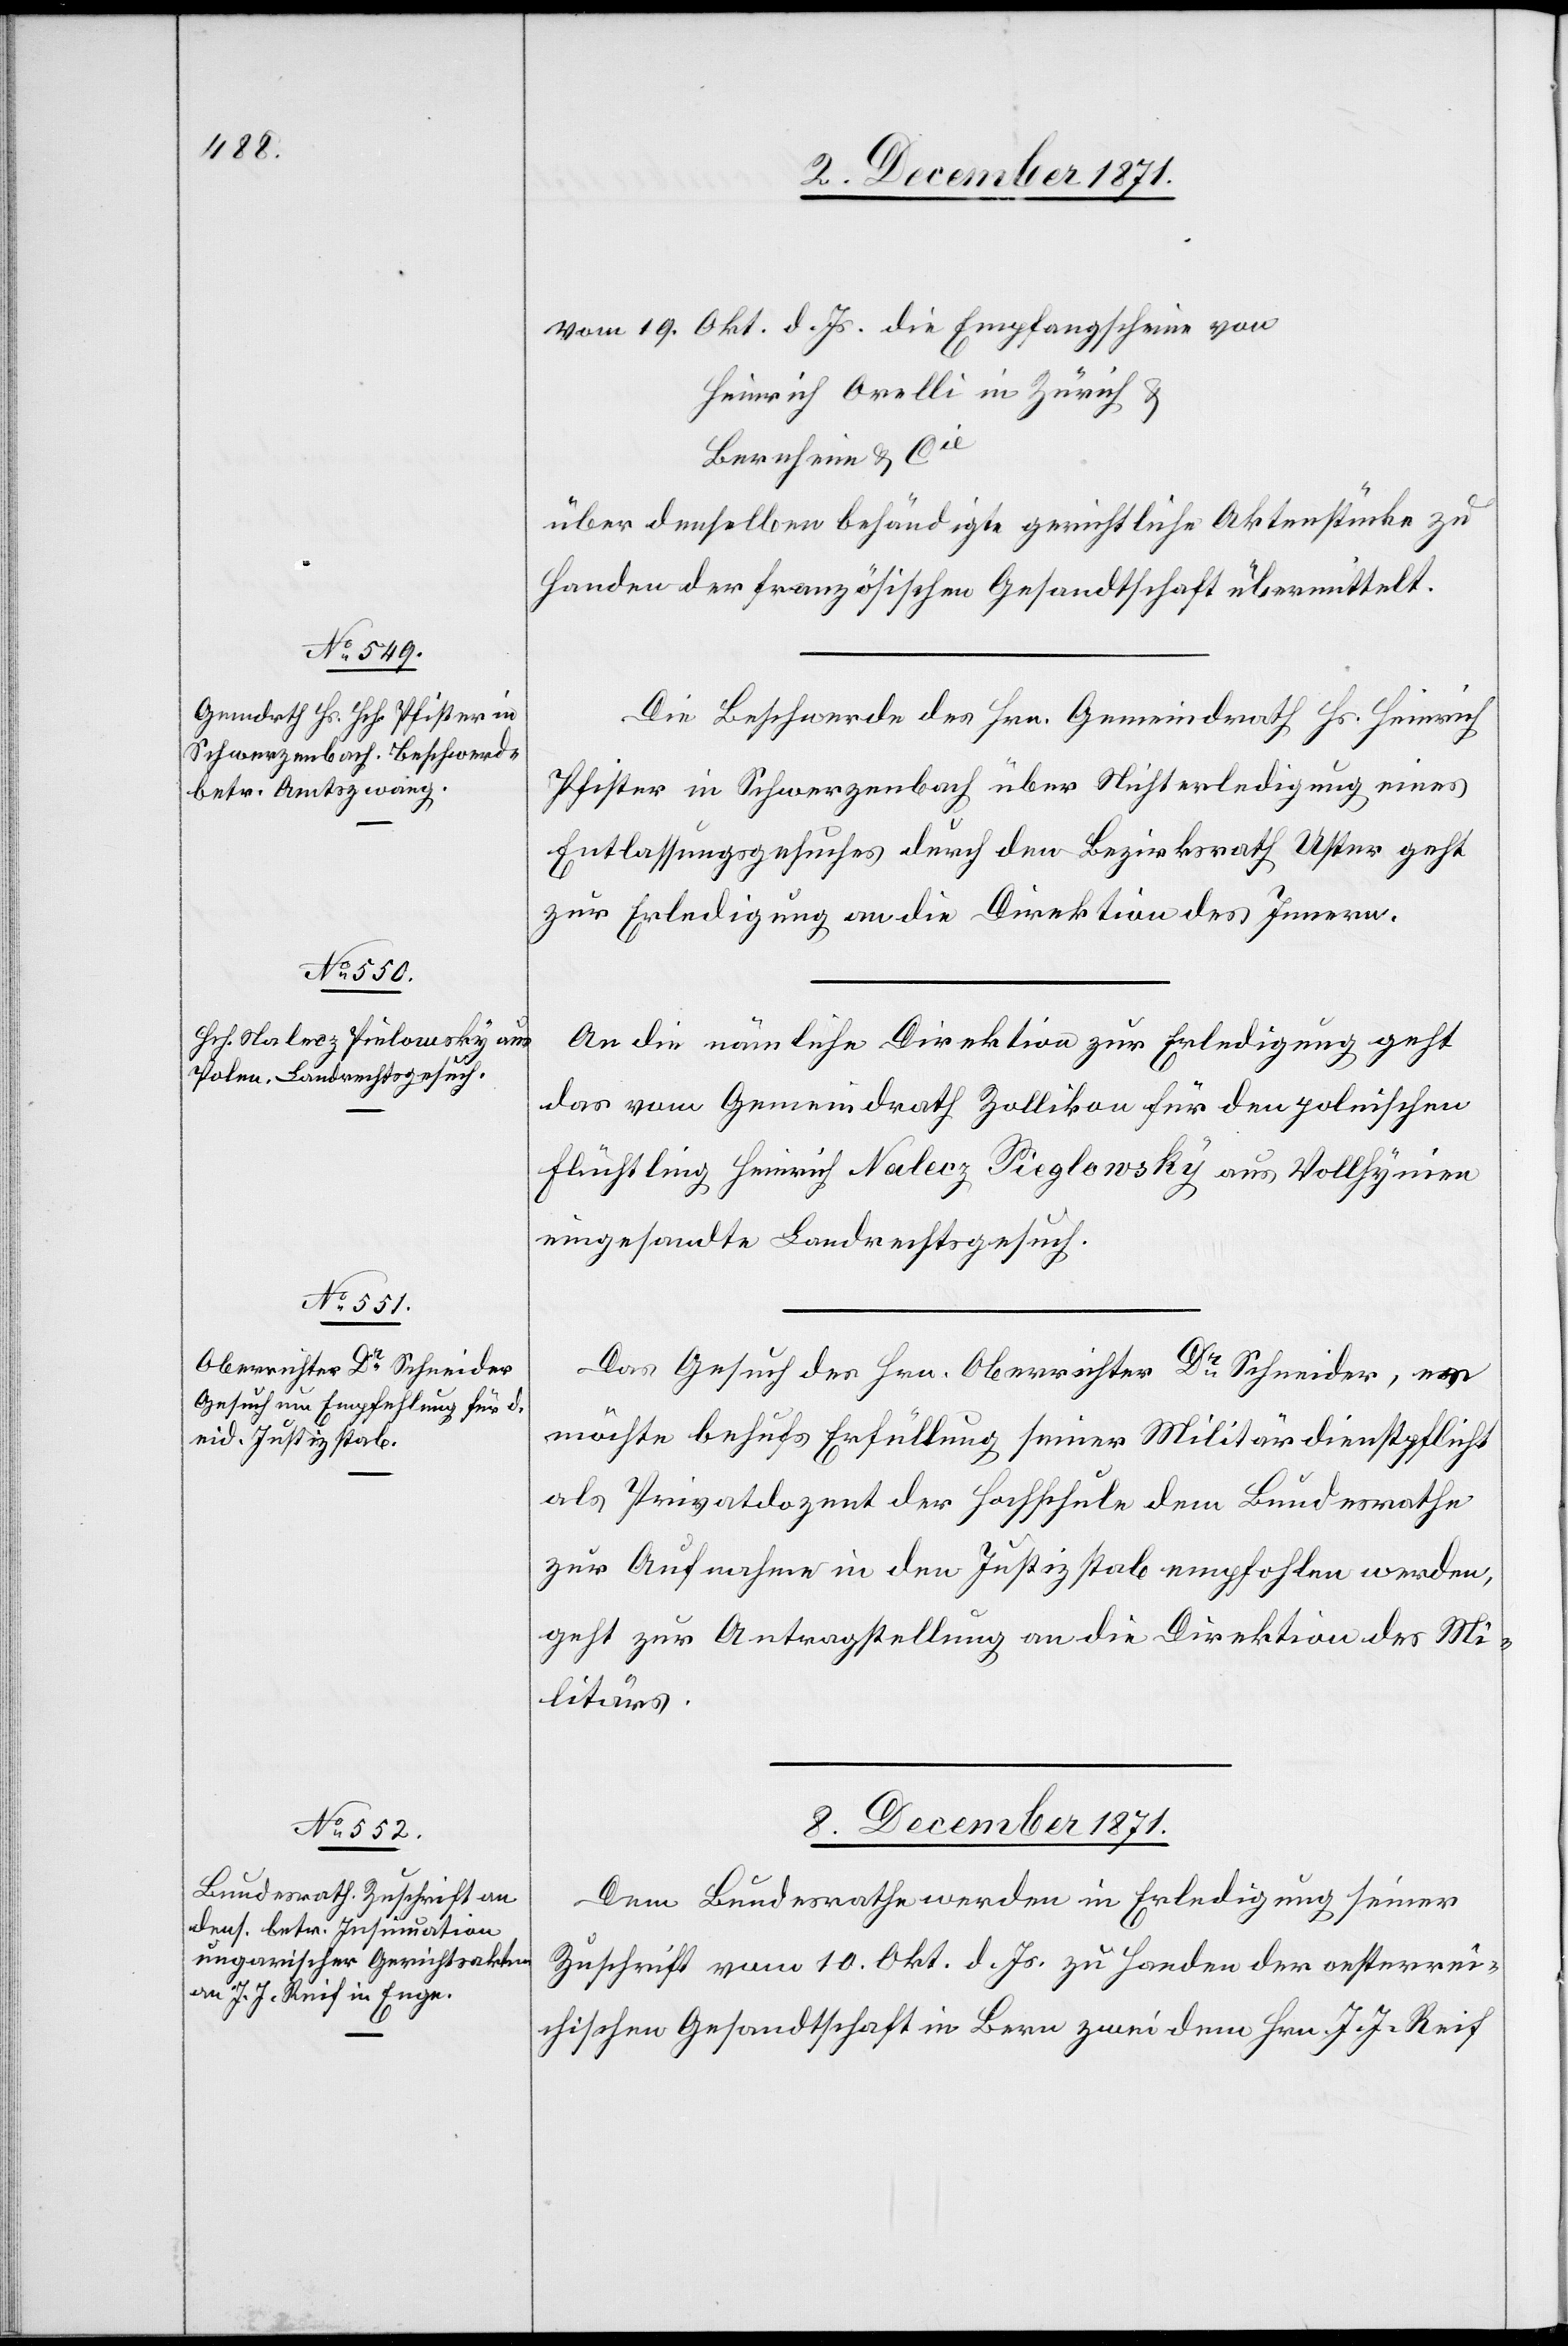
vom 19. Okt. d. Js. die Empfangscheine von
Heinrich Orelli in Zürich &
Bernheim & Cie
über denselben behändigte gerichtliche Aktenstücke zu
Handen der französischen Gesandtschaft übermittelt.
Die Beschwerde des Hrn. Gemeindrath Hs. Heinrich
Pfister in Schwerzenbach über Nichterledigung eines
Entlassungsgesuches durch den Bezirksrath Uster geht
zur Erledigung an die Direktion des Innern.
An die nämliche Direktion zur Erledigung geht
das vom Gemeindrath Zollikon für den polnischen
Flüchtling Heinrich Nalecz Pieglowsky [sic!] aus Vollhynien
eingesandte Landrechtsgesuch.
Das Gesuch des Hrn. Oberrichter Dr. Schneider, er
möchte behufs Erfüllung seiner Militärdienstpflicht
als Privatdozent der Fachschule dem Bundesrathe
zur Aufnahme in den Justizstab empfohlen werden,
geht zur Antragstellung an die Direktion des Mi¬
litärs.
8. December 1871.
Dem Bundesrathe werden in Erledigung seiner
Zuschrift vom 10. Okt. d. Js. zu Handen der oesterrei¬
chischen Gesandtschaft in Bern zwei dem Hrn. J. J. Reif